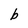
Character: b